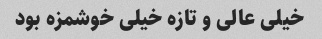
خیلی عالی و تازه خیلی خوشمزه بود